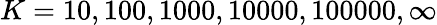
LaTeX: K=10,100,1000,10000,100000,\infty